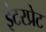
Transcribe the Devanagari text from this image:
इंटरप्रेट